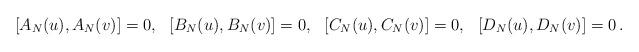
LaTeX: \begin{align*}[A_N(u), A_N(v)]=0, && [B_N(u), B_N(v)]=0, &&[C_N(u), C_N(v)]=0, && [D_N(u), D_N(v)]=0\,.\end{align*}